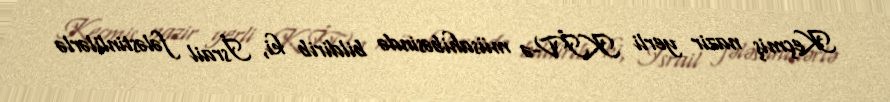
Keçmiş nazir yerli KİV-ə müsahibəsində bildirib ki, İsrail fələstinlilərlə